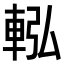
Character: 䡏